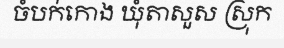
ចំបក់កោង ឃុំតាសួស ស្រុក